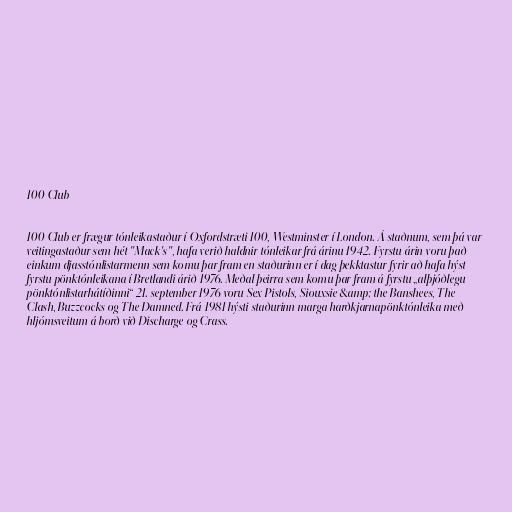
100 Club

100 Club er frægur tónleikastaður í Oxfordstræti 100, Westminster í London. Á staðnum, sem þá var
veitingastaður sem hét "Mack's", hafa verið haldnir tónleikar frá árinu 1942. Fyrstu árin voru það
einkum djasstónlistarmenn sem komu þar fram en staðurinn er í dag þekktastur fyrir að hafa hýst
fyrstu pönktónleikana í Bretlandi árið 1976. Meðal þeirra sem komu þar fram á fyrstu „alþjóðlegu
pönktónlistarhátíðinni“ 21. september 1976 voru Sex Pistols, Siouxsie &amp; the Banshees, The
Clash, Buzzcocks og The Damned. Frá 1981 hýsti staðurinn marga harðkjarnapönktónleika með
hljómsveitum á borð við Discharge og Crass.